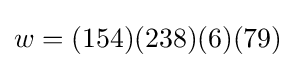
w=(154)(238)(6)(79)